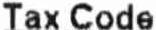
TAX CODE